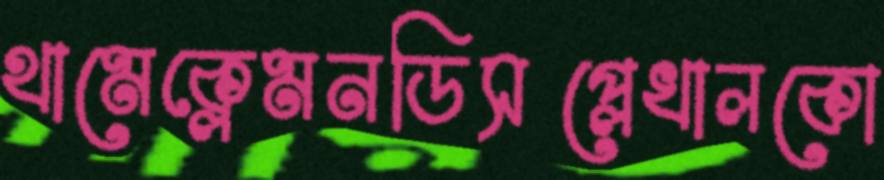
থামেক্লেমনডিসপ্লেখালকো